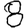
Digit: 8